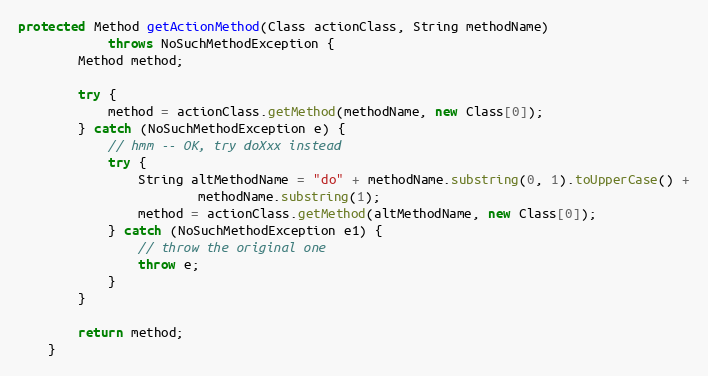
Language: Java
protected Method getActionMethod(Class actionClass, String methodName)
            throws NoSuchMethodException {
        Method method;

        try {
            method = actionClass.getMethod(methodName, new Class[0]);
        } catch (NoSuchMethodException e) {
            // hmm -- OK, try doXxx instead
            try {
                String altMethodName = "do" + methodName.substring(0, 1).toUpperCase() +
                        methodName.substring(1);
                method = actionClass.getMethod(altMethodName, new Class[0]);
            } catch (NoSuchMethodException e1) {
                // throw the original one
                throw e;
            }
        }

        return method;
    }